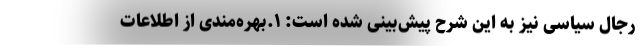
رجال سیاسی نیز به این شرح پیش‌بینی شده است: ۱.بهره‌مندی از اطلاعات